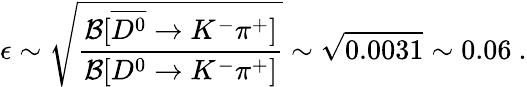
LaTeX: \epsilon\sim\sqrt{\frac{{\cal B}[\overline{{{D^{0}}}}\rightarrow K^{-}\pi^{+}]}{{\cal B}[D^{0}\rightarrow K^{-}\pi^{+}]}}\sim\sqrt{0.0031}\sim 0.06\ .